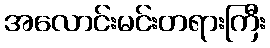
အလောင်းမင်းတရားကြီး